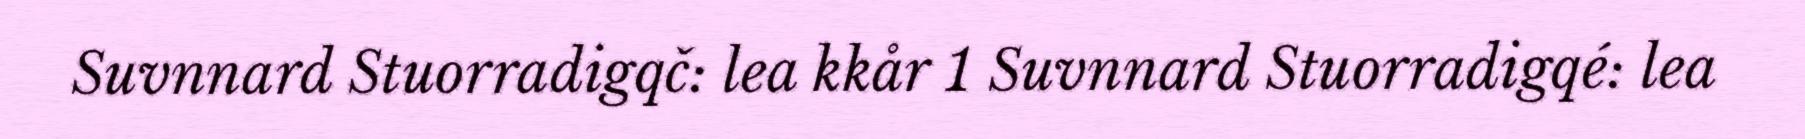
Suvnnard Stuorradigqč: lea kkår 1 Suvnnard Stuorradigqé: lea